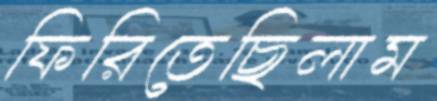
ফিরিতেছিলাম